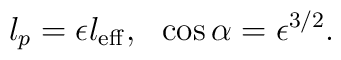
l_p = \epsilon l_{\rm eff}, \ \ \cos\alpha = \epsilon^{3/2}.